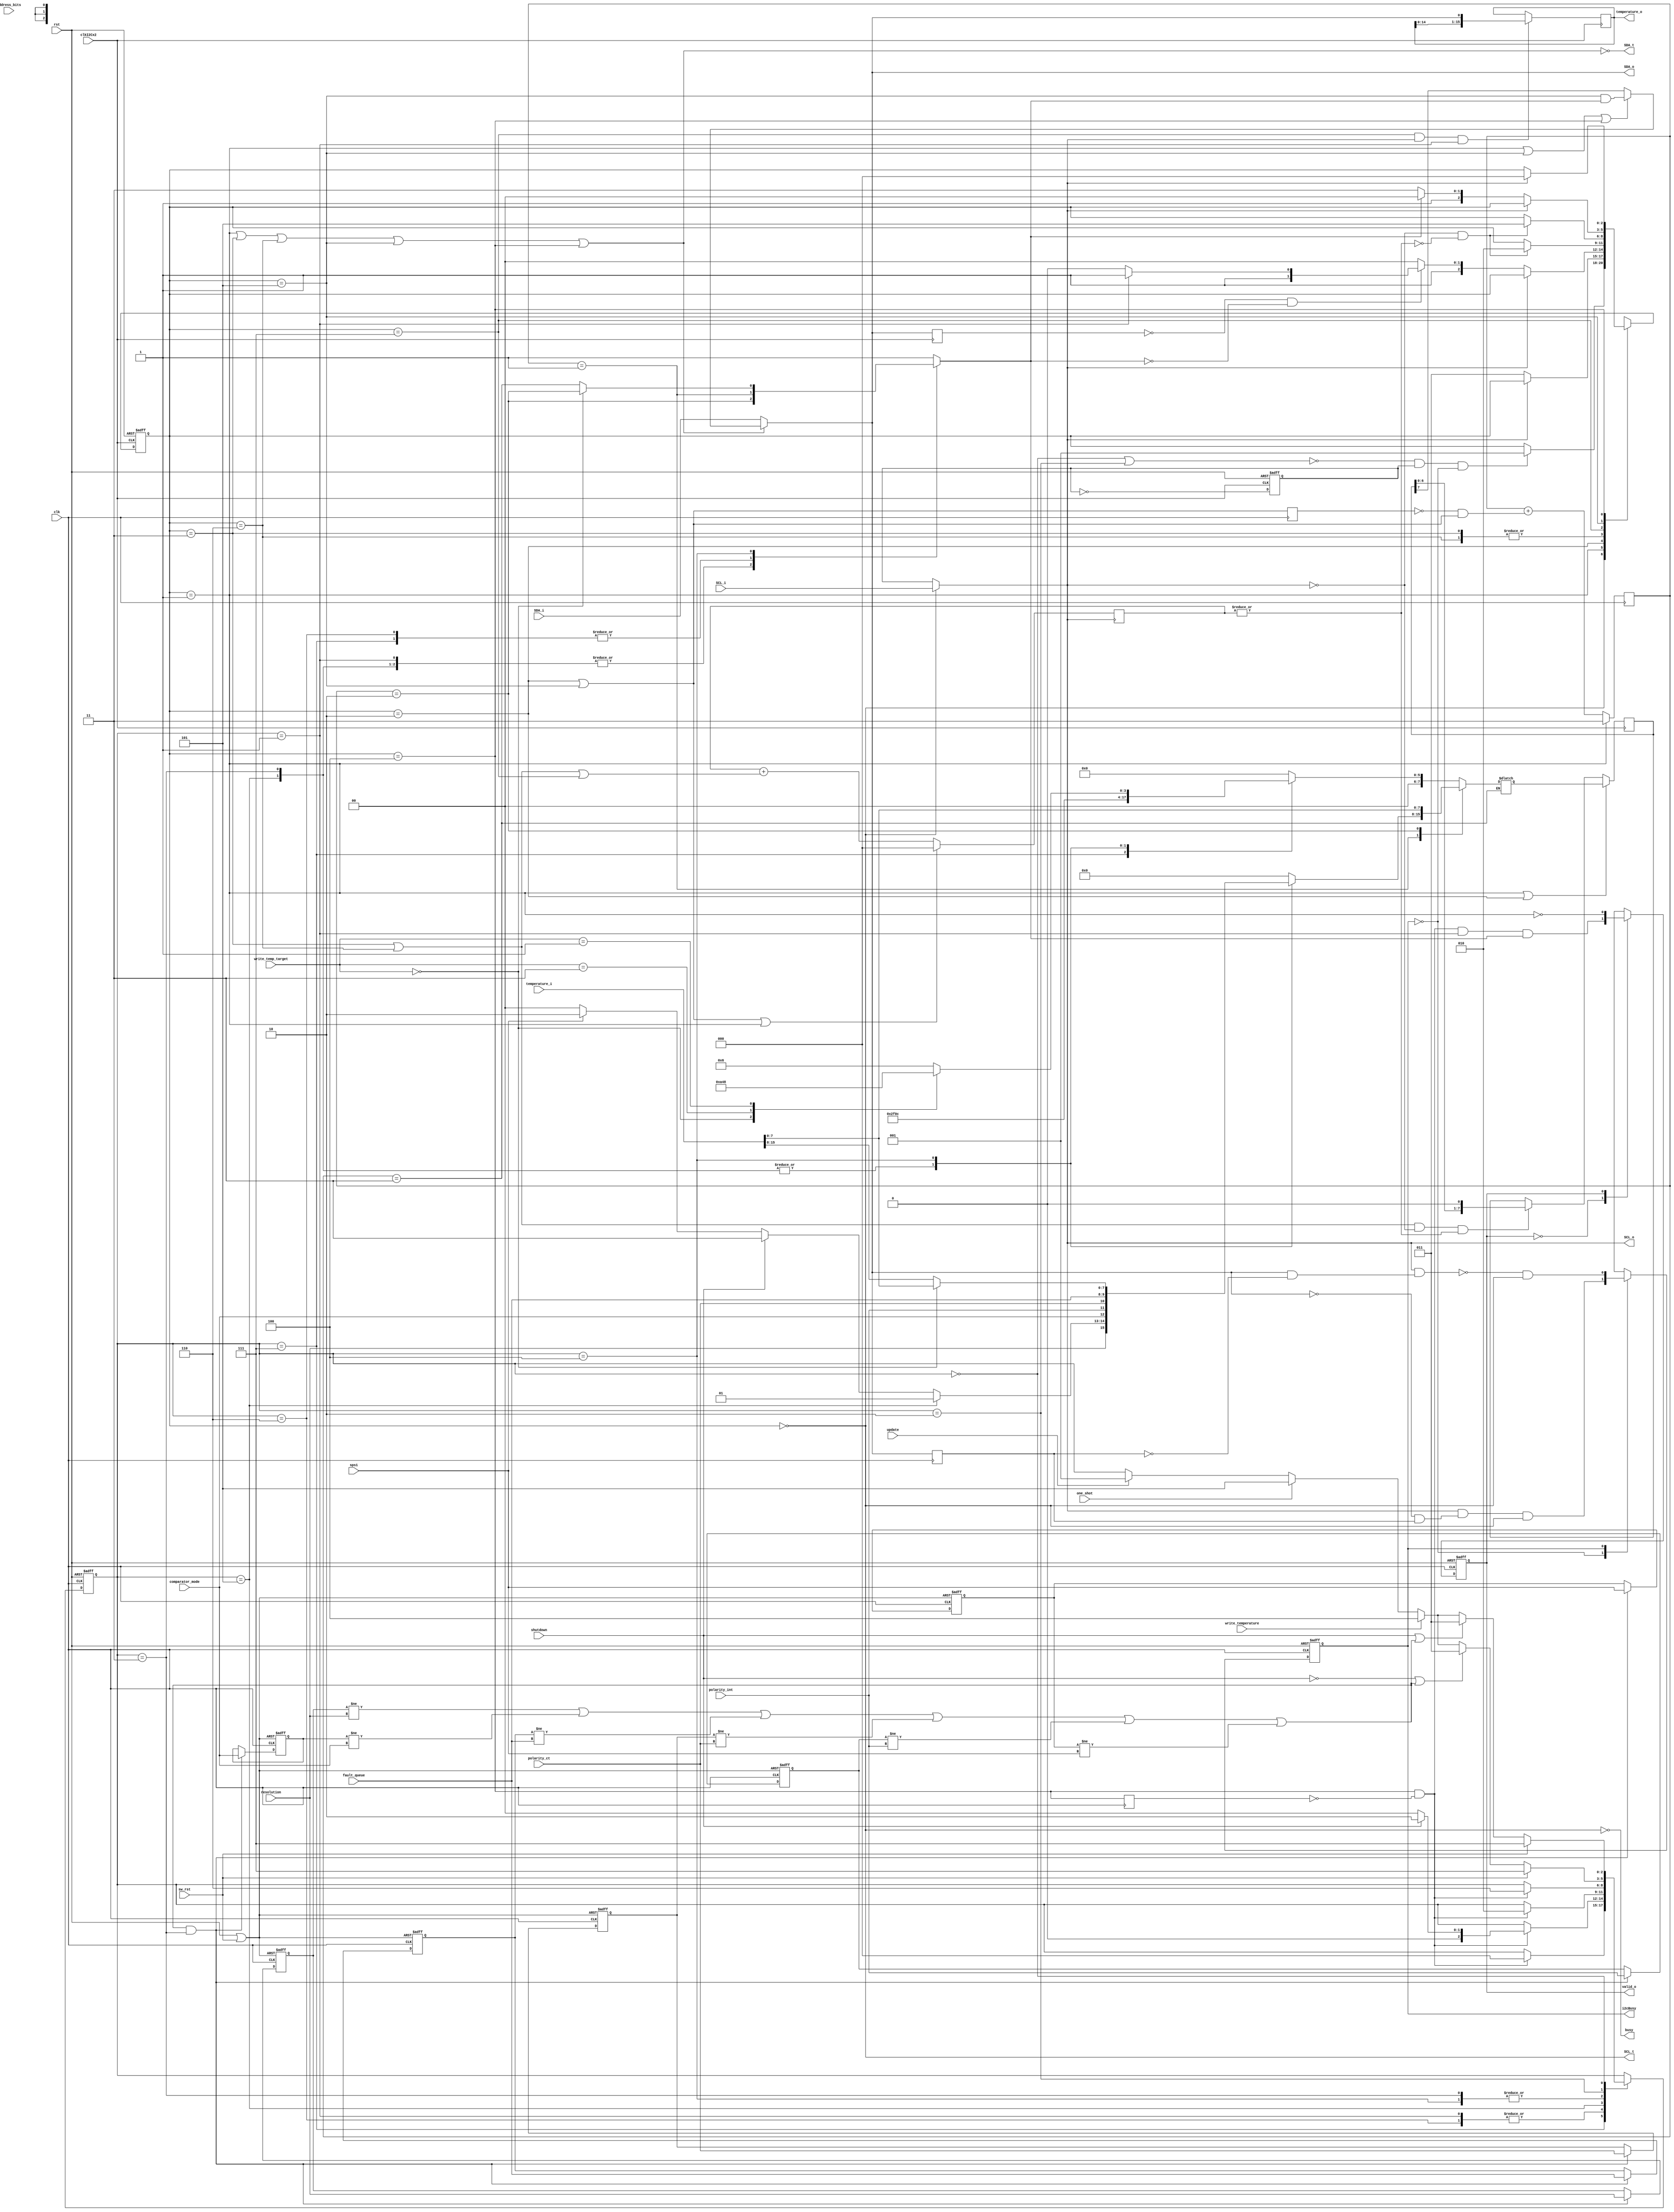
module tmp2(
  input clk,
  input rst,
  input clkI2Cx2, //!max 800 kHz
  //I2C pins
  input  SCL_i,
  output SCL_o,
  output SCL_t,
  input  SDA_i,
  output SDA_o,
  output SDA_t,
  //Configurations
  input [1:0] address_bits,
  input shutdown,
  input resolution,
  input sps1,
  input comparator_mode,
  input polarity_ct,
  input polarity_int,
  input [1:0] fault_queue,
  //Control signals
  output reg i2cBusy,
  output busy,
  input sw_rst,
  input update,
  input one_shot,
  input write_temperature,
  input [1:0] write_temp_target,
  output reg valid_o,
  //Data
  output reg [15:0] temperature_o,
  input [15:0] temperature_i);
  //register pointers
  localparam  SW_RESET = 8'h2F,
            CONFIG_PTR = 8'h03,
          AMB_TEMP_PTR = 8'h00,
          HYS_TEMP_PTR = 8'h0A,
          LOW_TEMP_PTR = 8'h06,
         HIGH_TEMP_PTR = 8'h04,
         CRIT_TEMP_PTR = 8'h08;
  //Operation modes
  localparam SPS1_MODE = 2'b10,
          ONESHOT_MODE = 2'b01,
         SHUTDOWN_MODE = 2'b11,
       CONTINUOUS_MODE = 2'b00;
  //Temperature registers
  localparam T_LOW = 2'd2, //16 bit
            T_HIGH = 2'd3, //16 bit
            T_CRIT = 2'd1, //16 bit
            T_HYST = 2'd0; //8 bit
  //I2C State names
  localparam I2C_READY = 3'b000,
             I2C_START = 3'b001,
             I2C_ADDRS = 3'b011,
             I2C_WRITE = 3'b110,
         I2C_WRITE_ACK = 3'b010,
              I2C_READ = 3'b111,
          I2C_READ_ACK = 3'b101,
              I2C_STOP = 3'b100;
  //I2C state & I2C state control
  reg [2:0] I2C_state;
  wire I2C_done;
  wire I2CinReady, I2CinStart, I2CinAddrs, I2CinWrite, I2CinWriteAck, I2CinRead, I2CinReadAck, I2CinStop, I2CinAck;
  reg I2CinAck_d, I2CinStop_d, SDA_d_i2c;
  //Generate I2C signals with tri-state
  reg SCLK; //Internal I2C clock, always thicks
  wire SDA, SCL;
  wire SCL_claim;
  wire SDA_claim;
  wire SDA_write;
  //State
  localparam IDLE = 3'h0,
           SW_RST = 3'h7,
           UPDATE = 3'h1,
           CONFIG = 3'h3,
         ONE_SHOT = 3'h5,
         SHUTDOWN = 3'h2,
        WRITE_TMP = 3'h4,
        WRITE_PTR = 3'h6;
  reg [2:0] state;
  wire inIdle, inSWreset, inUpdate, inConfig, inOneShot, inShutdown, inWriteTmp, inWritePtr;
  //Address byte
  localparam FIX_ADDRS = 5'b10010;
  wire [7:0] addressByte, configByte;
  wire read_nwrite;
  //Delay I2C signals, finding edges and conditions
  reg SDA_d;
  wire startCondition, stopCondition; //I2C conditions
  wire SDA_negedge, SDA_posedge;
  //Buffer & Content
  reg [7:0] send_buffer, send_buffer_write;
  //Buffer control
  wire send_upload, send_shift;
  //Transmisson counters
  reg [1:0] byteCounter;
  reg [2:0] bitCounter;
  reg byteCountDone;
  wire bitCountDone;
  wire byteCountUp;
  //Store Local Configs
  wire ch_config;
  reg resolution_reg, comparator_mode_reg, polarity_ct_reg, polarity_int_reg, sps1_reg;
  reg [1:0] fault_queue_reg;
  reg [1:0] op_mode;
  //Extra control signals
  wire register_rst;

  //Form bytes
  assign addressByte = {FIX_ADDRS,address_bits,read_nwrite};
  assign configByte = {resolution,op_mode,comparator_mode,polarity_int,polarity_ct,fault_queue};
  always@* begin
    if(inOneShot) begin
      op_mode = ONESHOT_MODE;
    end else if(shutdown) begin
      op_mode = SHUTDOWN_MODE;
    end else if(sps1) begin
      op_mode = SPS1_MODE;
    end else begin
      op_mode = CONTINUOUS_MODE;
    end
  end

  //Control Signals
  assign ch_config = (resolution_reg != resolution) | (comparator_mode_reg != comparator_mode) | (fault_queue_reg != fault_queue) | (polarity_ct_reg != polarity_ct) | (polarity_int_reg != polarity_int) | (sps1_reg != sps1);
  assign read_nwrite = inUpdate;
  assign I2C_done = I2CinStop & ~I2CinStop_d;
  assign busy = ~I2CinReady;
  assign register_rst = rst | sw_rst;
  always@(posedge clk or posedge rst) begin //Output valid
    if(rst) begin
      valid_o <= 1'b0;
    end else case(valid_o)
      1'b0: valid_o <= I2C_done & inUpdate & byteCountDone;
      1'b1: valid_o <= ~I2CinStart;
    endcase
  end
  
  //Get temperature data
  always@(negedge clkI2Cx2) begin
    if(I2CinRead & SCL & inUpdate) begin
      temperature_o <= {temperature_o[14:0], SDA};
    end
  end

  //Store configs
  always@(posedge clk or posedge register_rst) begin
    if(register_rst) begin
      fault_queue_reg <= 2'd0;
      resolution_reg <= 1'd0;
      comparator_mode_reg <= 1'd0;
      polarity_ct_reg <= 1'd0;
      polarity_int_reg <= 1'd0;
      sps1_reg <= 1'd0;
    end else begin
      if(ch_config & inConfig) begin
        fault_queue_reg <= fault_queue;
        resolution_reg <= resolution;
        comparator_mode_reg <= comparator_mode;
        polarity_ct_reg <= polarity_ct;
        polarity_int_reg <= polarity_int;
        sps1_reg <= sps1;
      end
    end
  end

  //Decode I2C state
  assign     I2CinRead = (I2C_state == I2C_READ);
  assign     I2CinStop = (I2C_state == I2C_STOP);
  assign    I2CinReady = (I2C_state == I2C_READY);
  assign    I2CinStart = (I2C_state == I2C_START);
  assign    I2CinAddrs = (I2C_state == I2C_ADDRS);
  assign    I2CinWrite = (I2C_state == I2C_WRITE);
  assign  I2CinReadAck = (I2C_state == I2C_READ_ACK);
  assign I2CinWriteAck = (I2C_state == I2C_WRITE_ACK);
  assign      I2CinAck = I2CinWriteAck | I2CinReadAck;

  //Decode States
  assign         inIdle = (state == IDLE);
  assign       inConfig = (state == CONFIG);
  assign       inUpdate = (state == UPDATE);
  assign      inSWreset = (state == SW_RST);
  assign      inOneShot = (state == ONE_SHOT);
  assign     inShutdown = (state == SHUTDOWN);
  assign     inWriteTmp = (state == WRITE_TMP);
  assign     inWritePtr = (state == WRITE_PTR);

  //State transactions
  always@(posedge clk or posedge rst) begin
    if(rst) begin
      state <= SW_RST;
    end else case(state)
      SW_RST    : state <= (I2C_done) ? IDLE : state;
      UPDATE    : state <= (I2C_done) ? ((shutdown) ? SHUTDOWN : IDLE) : state;
      WRITE_PTR : state <= (I2C_done) ? ((shutdown) ? SHUTDOWN : IDLE) : state;
      ONE_SHOT  : state <= (I2C_done) ? SHUTDOWN : state;
      CONFIG    : state <= (I2C_done) ? WRITE_PTR : state;
      WRITE_TMP : state <= (I2C_done) ? WRITE_PTR : state;
      SHUTDOWN  : begin 
        if(sw_rst) begin
          state <= SW_RST;
        end else if(~shutdown | ch_config) begin
          state <= CONFIG;
        end else if(write_temperature) begin
          state <= WRITE_TMP;
        end else if(one_shot) begin
          state <= ONE_SHOT;
        end else if(update) begin
          state <= UPDATE;
        end
      end
      IDLE      : begin 
        if(sw_rst) begin
          state <= SW_RST;
        end else if(shutdown | ch_config) begin
          state <= CONFIG;
        end else if(write_temperature) begin
          state <= WRITE_TMP;
        end else if(one_shot) begin
          state <= ONE_SHOT;
        end else if(update) begin
          state <= UPDATE;
        end
      end
    endcase
  end

  //I2C state transactions
  always@(negedge clkI2Cx2 or posedge rst) begin
      if(rst) begin
          I2C_state <= I2C_READY;
        end else case(I2C_state)
            I2C_READY     : I2C_state <= (~(inIdle | inShutdown) & SCLK & ~i2cBusy) ? I2C_START : I2C_state;
            I2C_START     : I2C_state <= (~SCL) ? I2C_ADDRS : I2C_state;
            I2C_ADDRS     : I2C_state <= (~SCL & bitCountDone) ? I2C_WRITE_ACK : I2C_state;
            I2C_WRITE_ACK : I2C_state <= (~SCL) ? ((~SDA_d_i2c & ~byteCountDone) ? ((~read_nwrite) ? I2C_WRITE : I2C_READ): I2C_STOP) : I2C_state;
            I2C_WRITE     : I2C_state <= (~SCL & bitCountDone) ? I2C_WRITE_ACK : I2C_state;
            I2C_READ      : I2C_state <= (~SCL & bitCountDone) ? I2C_READ_ACK : I2C_state;
            I2C_READ_ACK  : I2C_state <= (~SCL) ? ((byteCountDone) ? I2C_STOP : I2C_READ) : I2C_state;
            I2C_STOP      : I2C_state <= (SCL) ? I2C_READY : I2C_state;
          endcase
    end

  //Tri-state control for I2C lines
  assign SCL = (SCL_claim) ?    SCLK   : SCL_i;
  assign SDA = (SDA_claim) ? SDA_write : SDA_i;
  assign SCL_o = SCL;
  assign SDA_o = SDA;
  assign SCL_claim = ~I2CinReady;
  assign SDA_claim = I2CinStart | I2CinAddrs | I2CinWrite | I2CinReadAck | I2CinStop;
  assign SCL_t = ~SCL_claim;
  assign SDA_t = ~SDA_claim;
  assign SDA_write = (I2CinStart | I2CinReadAck | I2CinStop) ? (I2CinReadAck & byteCountDone) : send_buffer[7];

  //Buffer control
  assign send_upload = I2CinStart | I2CinWriteAck;
  assign send_shift = I2CinAddrs | I2CinWrite;
  always@(negedge clkI2Cx2) begin//Buffer
    if(send_upload)
      send_buffer <= send_buffer_write;
    else if(send_shift & ~SCL & |bitCounter)
      send_buffer <= {send_buffer << 1};
  end
  always@* begin //Buffer write
    case(byteCounter)
      2'd3: end_buffer_write = addressByte; //I2C address
      2'd0: //Register pointer
        case(state)
             SW_RST: send_buffer_write = SW_RESET;
             CONFIG: send_buffer_write = CONFIG_PTR;
           ONE_SHOT: send_buffer_write = CONFIG_PTR;
          WRITE_PTR: send_buffer_write = AMB_TEMP_PTR;
          WRITE_TMP: 
            case(write_temp_target)
               T_LOW: send_buffer_write = LOW_TEMP_PTR;
              T_HYST: send_buffer_write = HYS_TEMP_PTR;
              T_HIGH: send_buffer_write = HIGH_TEMP_PTR;
              T_CRIT: send_buffer_write = CRIT_TEMP_PTR;
            endcase
          default: send_buffer_write = 8'h0;
        endcase
      2'd1:
        case(state)
             CONFIG: send_buffer_write = configByte;
           ONE_SHOT: send_buffer_write = configByte;
          WRITE_TMP: send_buffer_write = (write_temp_target == T_HYST) ? temperature_i[7:0] : temperature_i[15:8];
            default: send_buffer_write = 8'h0;
        endcase
      2'd2: send_buffer_write = temperature_i[7:0];
    endcase
  end

  //Delays
  always@(posedge clk) begin
    SDA_d <= SDA;
    I2CinAck_d <= I2CinAck;
    I2CinStop_d <= I2CinStop;
  end
  always@(negedge clkI2Cx2) begin
    SDA_d_i2c <= SDA;
  end

  //Listen I2C Bus & cond. gen.
  assign    SDA_negedge  = ~SDA &  SDA_d;
  assign    SDA_posedge  =  SDA & ~SDA_d;
  assign  stopCondition  =  SCL & SDA_posedge;
  assign startCondition  =  SCL & SDA_negedge;

  //bit counter
  assign bitCountDone = ~|bitCounter;
  always@(posedge SCL) begin
    if(I2CinAck|I2CinStart) begin
      bitCounter <= 3'd0;
    end else begin
      bitCounter <= bitCounter + {2'd0,(I2CinAddrs|I2CinWrite|I2CinRead)};
    end
  end
  
  //byte counter
  assign byteCountUp = ~I2CinAck_d & I2CinAck;
  always@(posedge clk) begin
    if(I2CinStart) begin
      byteCounter <= 2'b11;
    end else begin
      byteCounter <= byteCounter + {1'd0,byteCountUp};
    end
  end
  always@* begin
    case(state)
         SW_RST: byteCountDone = (byteCounter == 2'd1);
         UPDATE: byteCountDone = (byteCounter == 2'd2);
         CONFIG: byteCountDone = (byteCounter == 2'd2);
       ONE_SHOT: byteCountDone = (byteCounter == 2'd2);
      WRITE_PTR: byteCountDone = (byteCounter == 2'd1);
      WRITE_TMP: byteCountDone = (write_temp_target == T_HYST) ?(byteCounter == 2'd2) : (byteCounter == 2'd3);
        default:   byteCountDone = 1'b1;
    endcase
  end
  

  //Determine if an other master is using the bus
  always@(posedge clk or posedge rst) begin
    if(rst) begin
      i2cBusy <= 1'b0;
    end else case(i2cBusy)
      1'b0: i2cBusy <= startCondition & I2CinReady;
      1'b1: i2cBusy <= ~stopCondition & I2CinReady;
    endcase
  end

  //Divide clkI2Cx2 to get I2C clk
  always@(posedge clkI2Cx2 or posedge rst) begin
    if(rst)
      SCLK <= 1'b1;
    else
      SCLK <= ~SCLK;
  end
endmodule